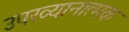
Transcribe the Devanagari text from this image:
उपख्यानात्मक